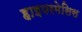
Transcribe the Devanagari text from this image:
हाइपरमेसिस